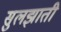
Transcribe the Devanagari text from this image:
सुलझाती